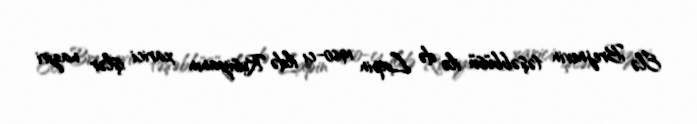
Elə Brejnevin təşəbbüsü ilə də Lapin 1960-cı ildə Rusiyanın xarici işlər naziri